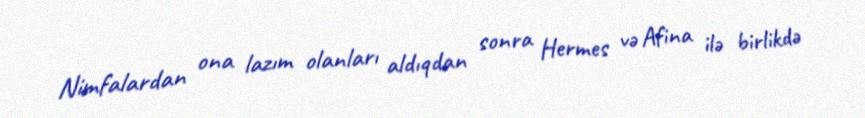
Nimfalardan ona lazım olanları aldıqdan sonra Hermes və Afina ilə birlikdə